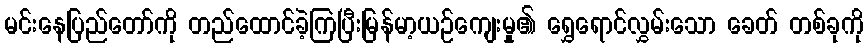
မင်းနေပြည်တော်ကို တည်ထောင်ခဲ့ကြပြီးမြန်မာ့ယဉ်ကျေးမှု၏ ရွှေရောင်လွှမ်းသော ခေတ် တစ်ခုကို